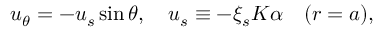
\begin{array} { r } { u _ { \theta } = - u _ { s } \sin \theta , \quad u _ { s } \equiv - \xi _ { s } K \alpha \quad ( r = a ) , } \end{array}